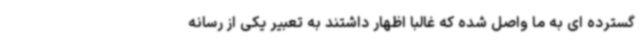
گسترده ای به ما واصل شده که غالبا اظهار داشتند به تعبیر یکی از رسانه